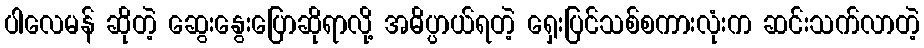
ပါလေမန် ဆိုတဲ့ ဆွေးနွေးပြောဆိုရာလို့ အဓိပ္ပာယ်ရတဲ့ ရှေးပြင်သစ်စကားလုံးက ဆင်းသက်လာတဲ့